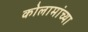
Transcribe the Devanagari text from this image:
कोलामांच्या